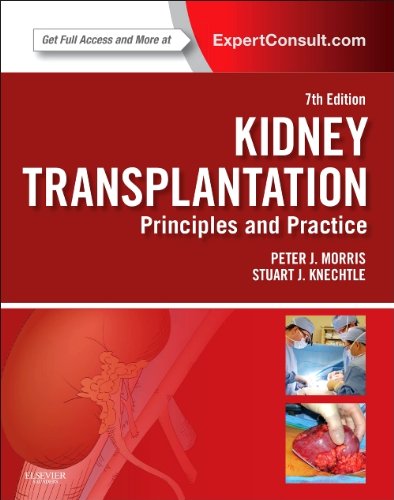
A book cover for Kidney Transplantation - Principles and Practice: Expert Consult - Online and Print, 7e (Morris,Kidney Transplantation); Peter Morris MD  PhD  FRS  FRCS; Health, Fitness & Dieting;